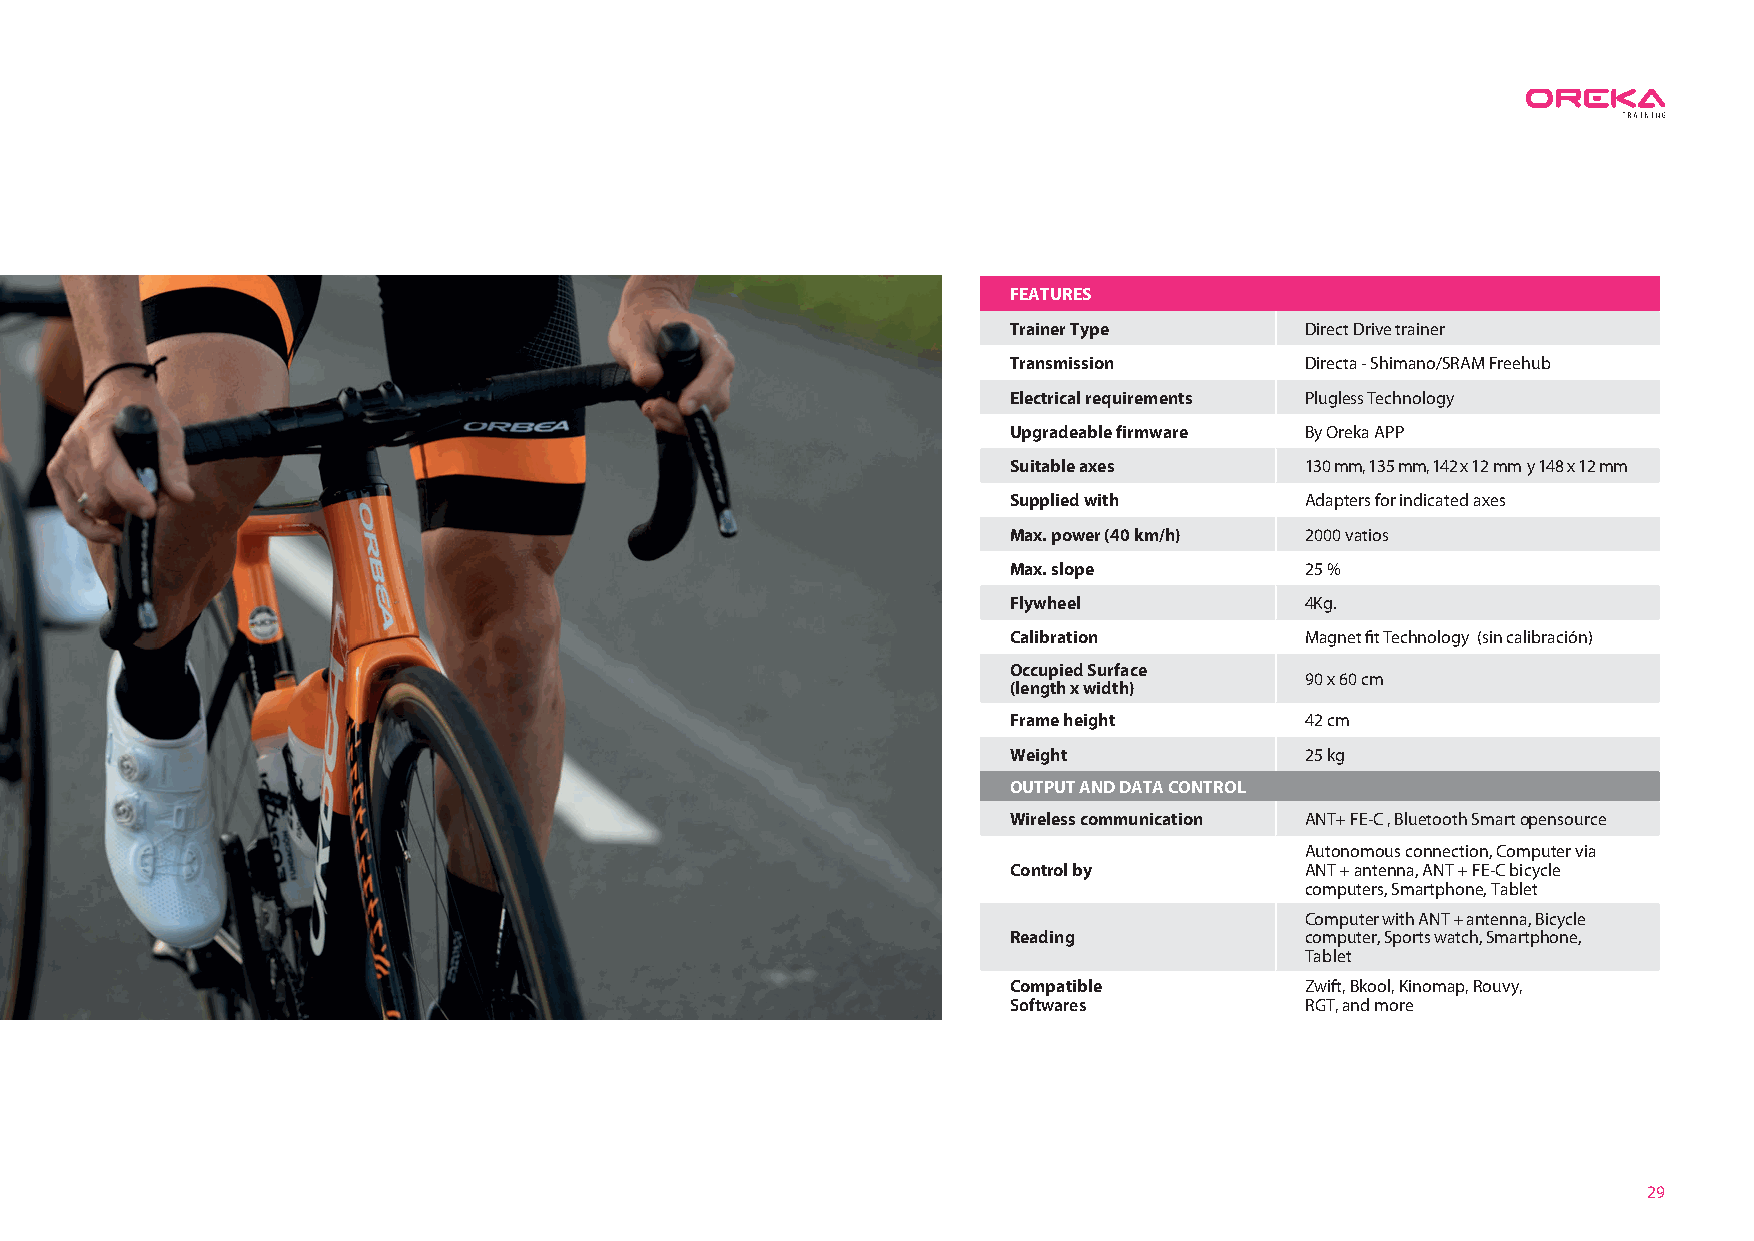
FEATURES
 Trainer Type       Direct Drive trainer
 Transmission       Directa - Shimano/SRAM Freehub
 Electrical requirements Plugless Technology
 Upgradeable firmware By Oreka APP
 Suitable axes      130 mm, 135 mm, 142 x 12 mm y 148 x 12 mm
 Supplied with      Adapters for indicated axes
 Max. power (40 km/h) 2000 vatios
 Max. slope         25 %
 Flywheel           4Kg.
 Calibration        Magnet fit Technology (sin calibración)
 Occupied Surface
 90 x 60 cm
 (length x width)
 Frame height       42 cm
 Weight             25 kg
 OUTPUT AND DATA CONTROL
 Wireless communication ANT+ FE-C , Bluetooth Smart opensource
 Autonomous connection, Computer via
 Control by         ANT + antenna, ANT + FE-C bicycle
 computers, Smartphone, Tablet
 Computer with ANT + antenna, Bicycle
 Reading            computer, Sports watch, Smartphone,
 Tablet
 Compatible         Zwift, Bkool, Kinomap, Rouvy,
 Softwares          RGT, and more
 29